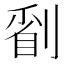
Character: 𠞔